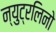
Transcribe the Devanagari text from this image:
न्युट्रलिनो